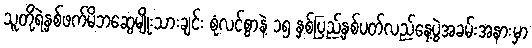
သူတို့ရဲ့နှစ်ဖက်မိဘဆွေမျိုးသားချင်း စုံလင်စွာနဲ့ ၁၅ နှစ်ပြည့်နှစ်ပတ်လည်နေ့ပွဲအခမ်းအနားမှာ